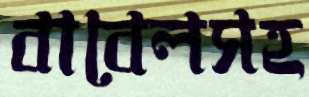
বাবেলসহ